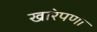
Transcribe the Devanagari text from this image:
खारेपणा